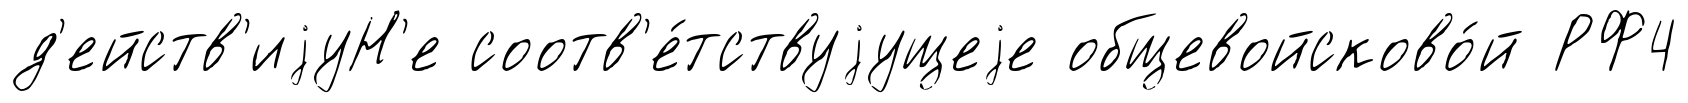
д'ейств'иjуН'е соотв'е́тствуjущеjе общевойсково́й РФ4